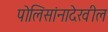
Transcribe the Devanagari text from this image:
पोलिसांनादेखील